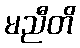
မညီတိ